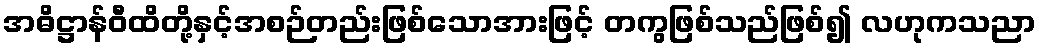
အဓိဋ္ဌာန်ဝီထိတို့နှင့်အစဉ်တည်းဖြစ်သောအားဖြင့် တကွဖြစ်သည်ဖြစ်၍ လဟုကသညာ